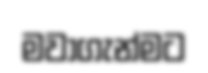
මවාගැන්මට